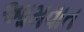
આમવાત